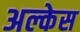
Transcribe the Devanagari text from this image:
अल्केस